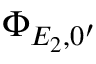
\Phi _ { E _ { 2 } , 0 ^ { \prime } }